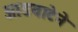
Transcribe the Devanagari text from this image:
आडवाटेने